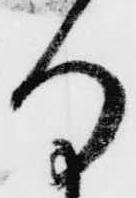
る